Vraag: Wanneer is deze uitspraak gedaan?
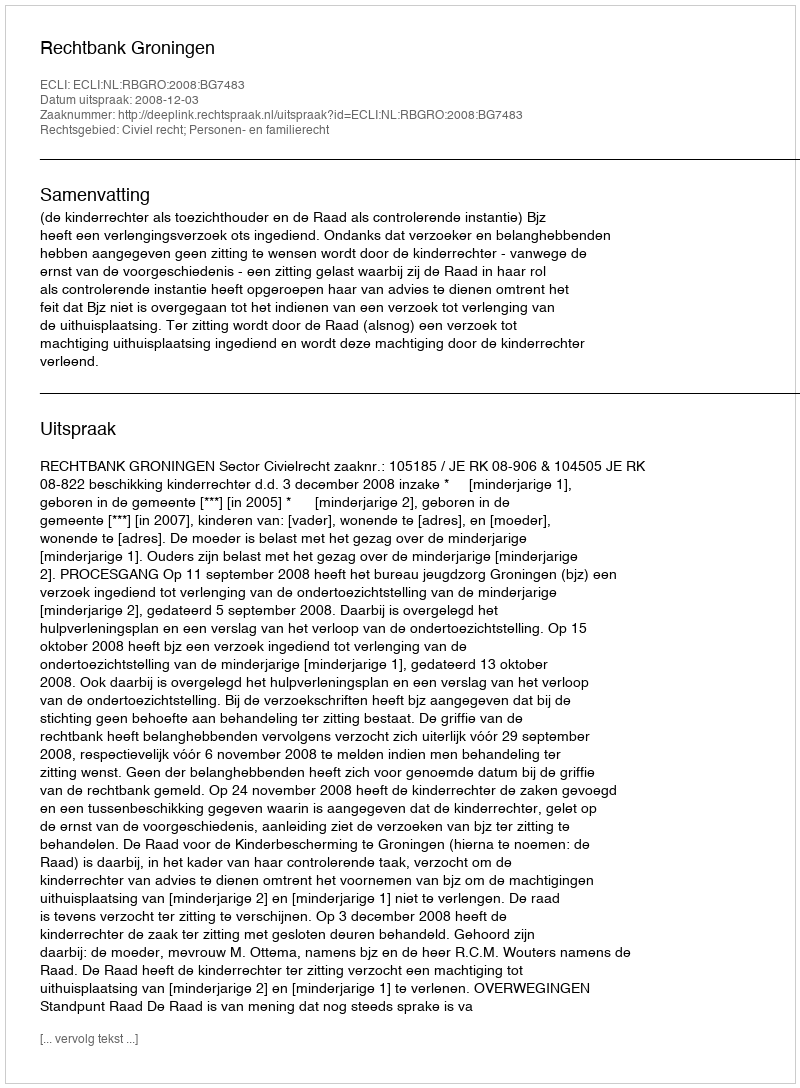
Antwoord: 2008-12-03